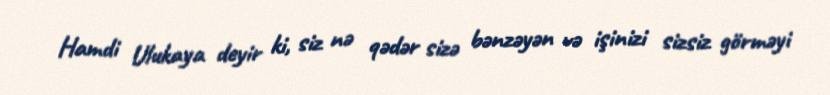
Hamdi Ulukaya deyir ki, siz nə qədər sizə bənzəyən və işinizi sizsiz görməyi